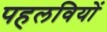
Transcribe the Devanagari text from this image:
पहलवियों